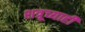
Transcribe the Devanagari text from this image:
शत्रूच्याही